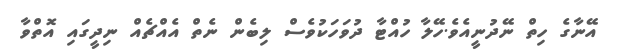
އޭނާގެ ހިތް ނޭދުނީއެވެ.ހޭލާ ހުއްޓާ ދުވަހަކުވެސް ލިބެން ނެތް އެއްޗެއް ނިދީގައި އޮތްވާ